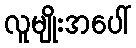
လူမျိုးအပေါ်